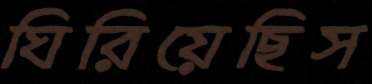
ঘিরিয়েছিস